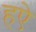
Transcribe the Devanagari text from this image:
हऐ